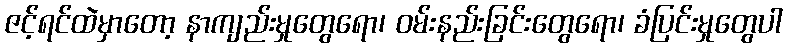
ဇင့်ရင်ထဲမှာတော့ နာကျည်းမှုတွေရော၊ ဝမ်းနည်းခြင်းတွေရော၊ ခံပြင်းမှုတွေပါ